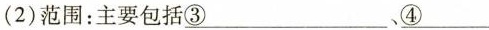
(2)范围：主要包括③___、④___